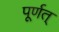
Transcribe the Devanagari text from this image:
पूर्णत्